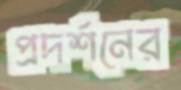
প্রদর্শনের